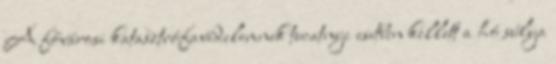
A fővárosi katasztrófavédelemnek tucatnyi esetben kellett a hó súlya